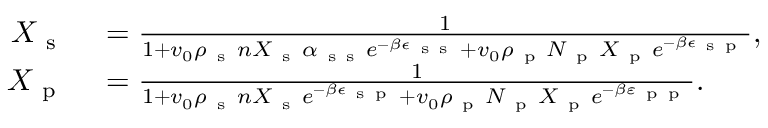
\begin{array} { r l } { X _ { \mathrm { ~ s ~ } } } & { { } = \frac { 1 } { 1 + v _ { 0 } \rho _ { \mathrm { ~ s ~ } } n X _ { \mathrm { ~ s ~ } } \alpha _ { \mathrm { ~ s ~ s ~ } } e ^ { - \beta \epsilon _ { \mathrm { ~ s ~ s ~ } } } + v _ { 0 } \rho _ { \mathrm { ~ p ~ } } N _ { \mathrm { ~ p ~ } } X _ { \mathrm { ~ p ~ } } e ^ { - \beta \epsilon _ { \mathrm { ~ s ~ p ~ } } } } , } \\ { X _ { \mathrm { ~ p ~ } } } & { { } = \frac { 1 } { 1 + v _ { 0 } \rho _ { \mathrm { ~ s ~ } } n X _ { \mathrm { ~ s ~ } } e ^ { - \beta \epsilon _ { \mathrm { ~ s ~ p ~ } } } + v _ { 0 } \rho _ { \mathrm { ~ p ~ } } N _ { \mathrm { ~ p ~ } } X _ { \mathrm { ~ p ~ } } e ^ { - \beta \varepsilon _ { \mathrm { ~ p ~ p ~ } } } } . } \end{array}